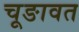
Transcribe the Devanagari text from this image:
चूङावत